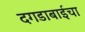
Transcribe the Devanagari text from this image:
दगडाबाईचा